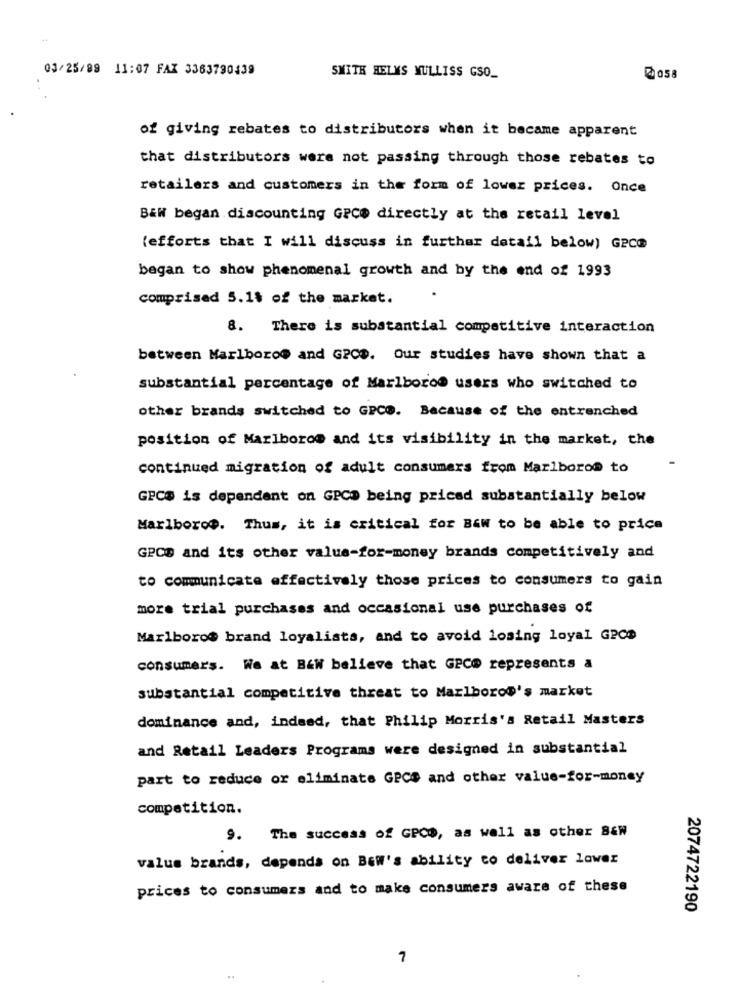
03/25/99 11:07 FAX 3363790439
SMITH HELMS MULLISS GSO_
@058
of giving rebates to distributors when it became apparent
that distributors were not passing through those rebates to
retailers and customers in the form of lower prices. Once
B&W began discounting GPC@ directly at the retail level
(efforts that I will discuss in further detail below) GeCO
began to show phenomenal growth and by the end of 1993
comprised 5.1$ of the market.
8. There is substantial competitive interaction
between Marlboro@ and GPCD. Our studies have shown that a
substantial percentage of Marlboro@ users who switched to
other brands switched to GPCO. Because of the entrenched
position of Marlboros and its visibility in the market, the
continued migration of adult consumers from Marlboro@ to
GPCS is dependent on GPCD being priced substantially below
Marlboro ?. Thus, it is critical for Baw to be able to price
GPCD and its other value-for-money brands competitively and
to communicate effectively those prices to consumers to gain
more trial purchases and occasional use purchases of
Marlboro@ brand loyalists, and to avoid losing loyal GPCD
consumers. We at B&W believe that GPC@ represents a
substantial competitive threat to Marlboro@'s market
dominance and, indeed, that Philip Morris's Retail Masters
and Retail Leaders Programs were designed in substantial
part to reduce or eliminate GPCS and other value-for-money
competition.
9. The success of GPCD, as well as other SEW
value brands, depends on Bew's ability to deliver lower
prices to consumers and to make consumers aware of these
2074722190